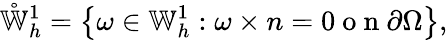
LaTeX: \mathring{\mathbb{W}}_{h}^{1}=\left\{ \omega\in\mathbb{W}_{h}^{1}:\omega\times n=0\mathrm{~o~n~}\partial\Omega\right\} ,